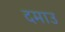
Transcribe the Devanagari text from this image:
दमाउ